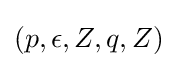
(p,\epsilon ,Z,q,Z)